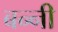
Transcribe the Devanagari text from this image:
बन्‍नी